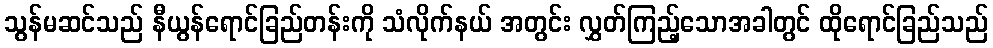
သွန်မဆင်သည် နီယွန်ရောင်ခြည်တန်းကို သံလိုက်နယ် အတွင်း လွှတ်ကြည့်သောအခါတွင် ထိုရောင်ခြည်သည်